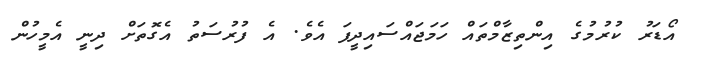
އޯޑަރު ކުރުމުގެ އިންތިޒާމްތައް ހަމަޖައްސައިދީފަ އެވެ. އެ ފުރުސަތު އެގޮތަށް ދިނީ އެމީހުން